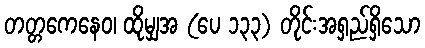
တတ္တကေနေဝ၊ ထိုမျှအ (ပေ ၁၃၃) တိုင်းအရှည်ရှိသော